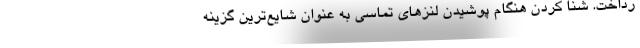
رداخت. شنا کردن هنگام پوشیدن لنزهای تماسی به عنوان شایع‌ترین گزینه